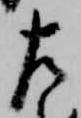
左